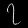
Digit: ၇